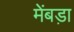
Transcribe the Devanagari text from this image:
मेंबड़ा